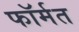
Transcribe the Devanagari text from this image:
फॉर्मत